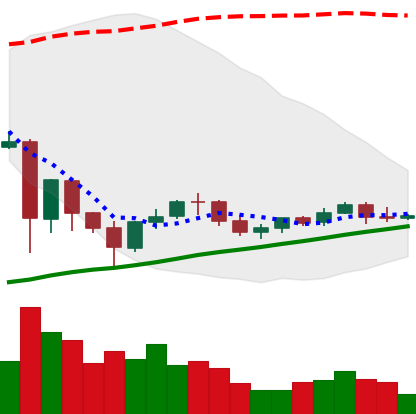
Ticker: NEO-USD
Chart end date: 2021-06-06
Forward return: -16.344%
Label: down_7plus